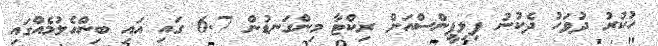
ހުކުރު ދުވަހު ދެކުުނު ފިލިޕީންސްއަށް ރިކްޓާ މިންގަނޑުން 6.7 ގައި އައި ބިންހެލުމެއްގައި